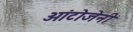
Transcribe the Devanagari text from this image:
ओंटोजेनी